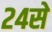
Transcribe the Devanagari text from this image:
२४से